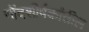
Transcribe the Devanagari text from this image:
नोंदशीर्षकांतील